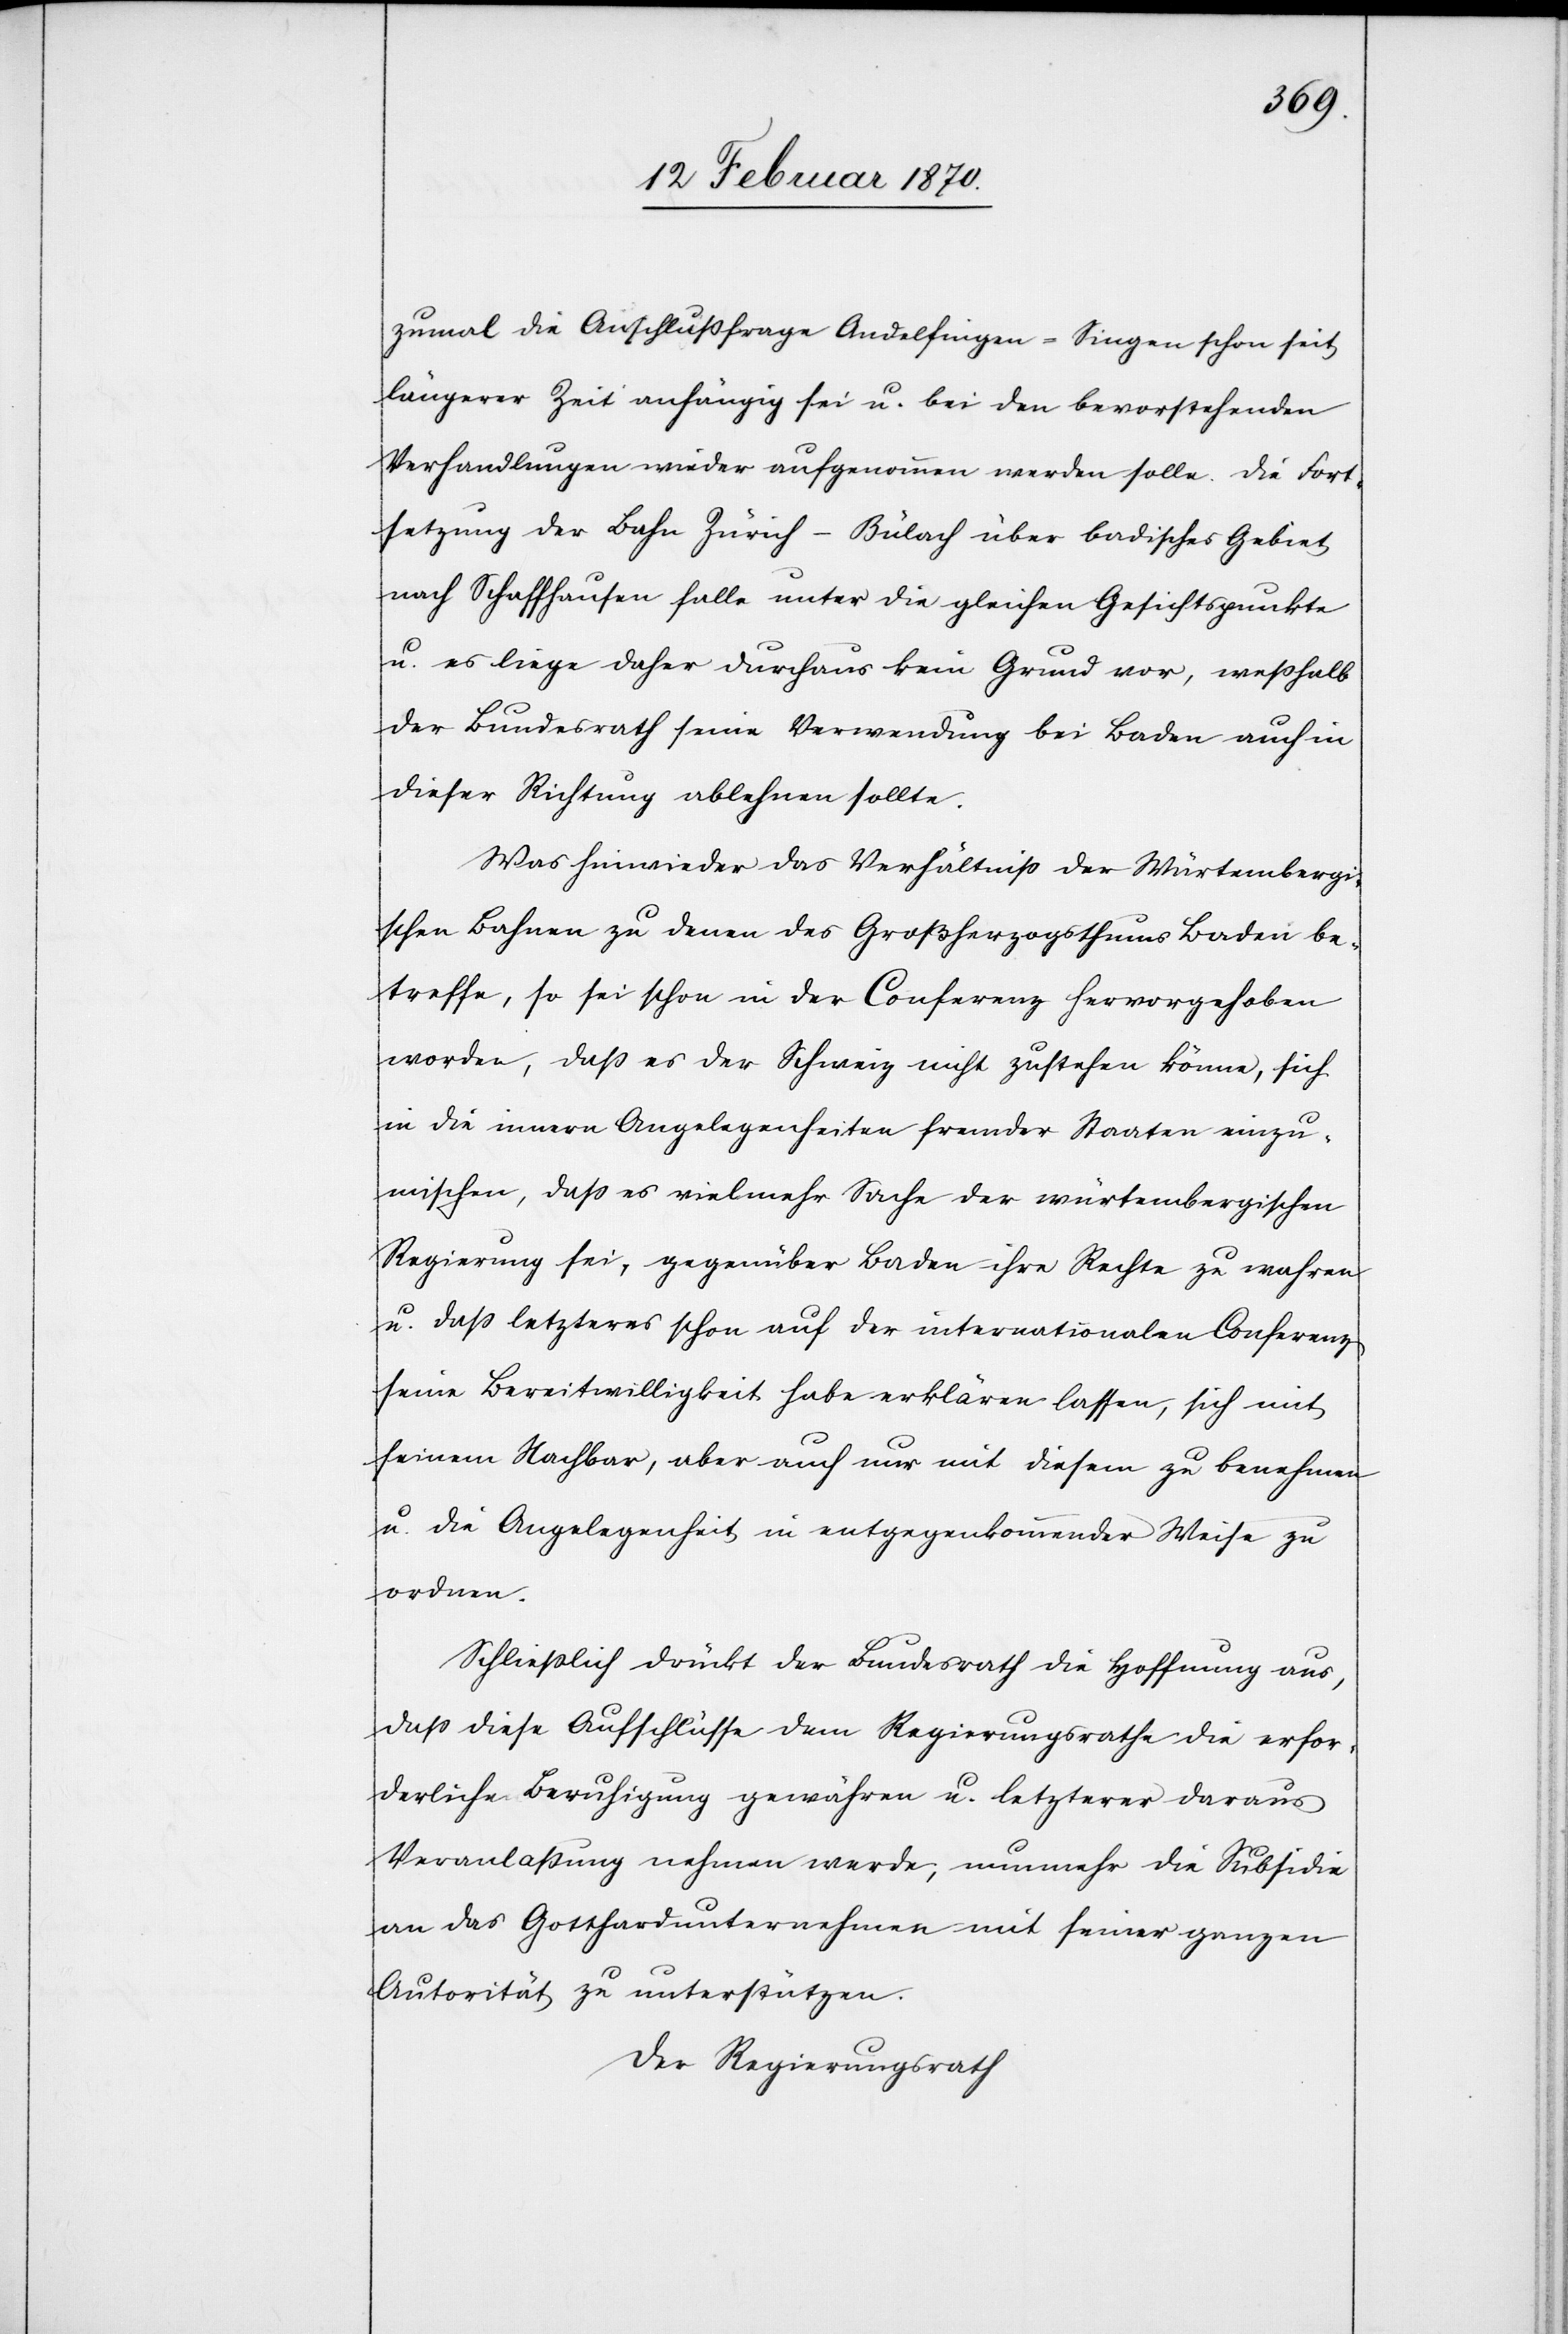
zumal die Anschlussfrage Andelfingen–Singen schon seit
längerer Zeit anhängig sei u. bei den bevorstehenden
Verhandlungen wieder aufgenommen werden solle. Die Fort¬
setzung der Bahn Zürich–Bülach über badisches Gebiet
nach Schaffhausen falle unter die gleichen Gesichtspunkte
u. es liege daher durchaus kein Grund vor, wesshalb
der Bundesrath seine Verwendung bei Baden auch in
dieser Richtung ablehnen sollte.
Was hinwieder das Verhältniss der Würtembergi¬
schen Bahnen zu denen des Großherzogthums Baden be¬
treffe, so sei schon in der Conferenz hervorgehoben
worden, daß es der Schweiz nicht zustehen könne, sich
in die innern Angelegenheiten fremder Staaten einzu¬
mischen, daß es vielmehr Sache der würtembergischen
Regierung sei, gegenüber Baden ihre Rechte zu wahren
u. daß letzteres schon auf der internationalen Conferenz
seine Bereitwilligkeit habe erklären lassen, sich mit
seinem Nachbar, aber auch nur mit diesem zu benehmen
u. die Angelegenheit in entgegenkommender Weise zu
ordnen.
Schliesslich drückt der Bundesrath die Hoffnung aus,
dass diese Aufschlüsse dem Regierungsrathe die erfor¬
derliche Beruhigung gewähren u. letzterer daraus
Veranlaßung nehmen werde, nunmehr die Subsidie
an das Gotthardunternehmen mit seiner ganzen
Autorität zu unterstützen.
Der Regierungsrath